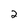
Character: 2